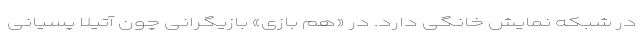
در شبکه نمایش خانگی دارد. در «هم بازی» بازیگرانی چون آتیلا پسیانی